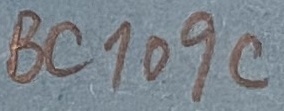
Text: BC109C